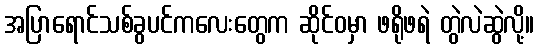
အပြာရောင်သစ်ခွပင်ကလေးတွေက ဆိုင်ဝမှာ ဖရိုဖရဲ တွဲလဲဆွဲလို့။